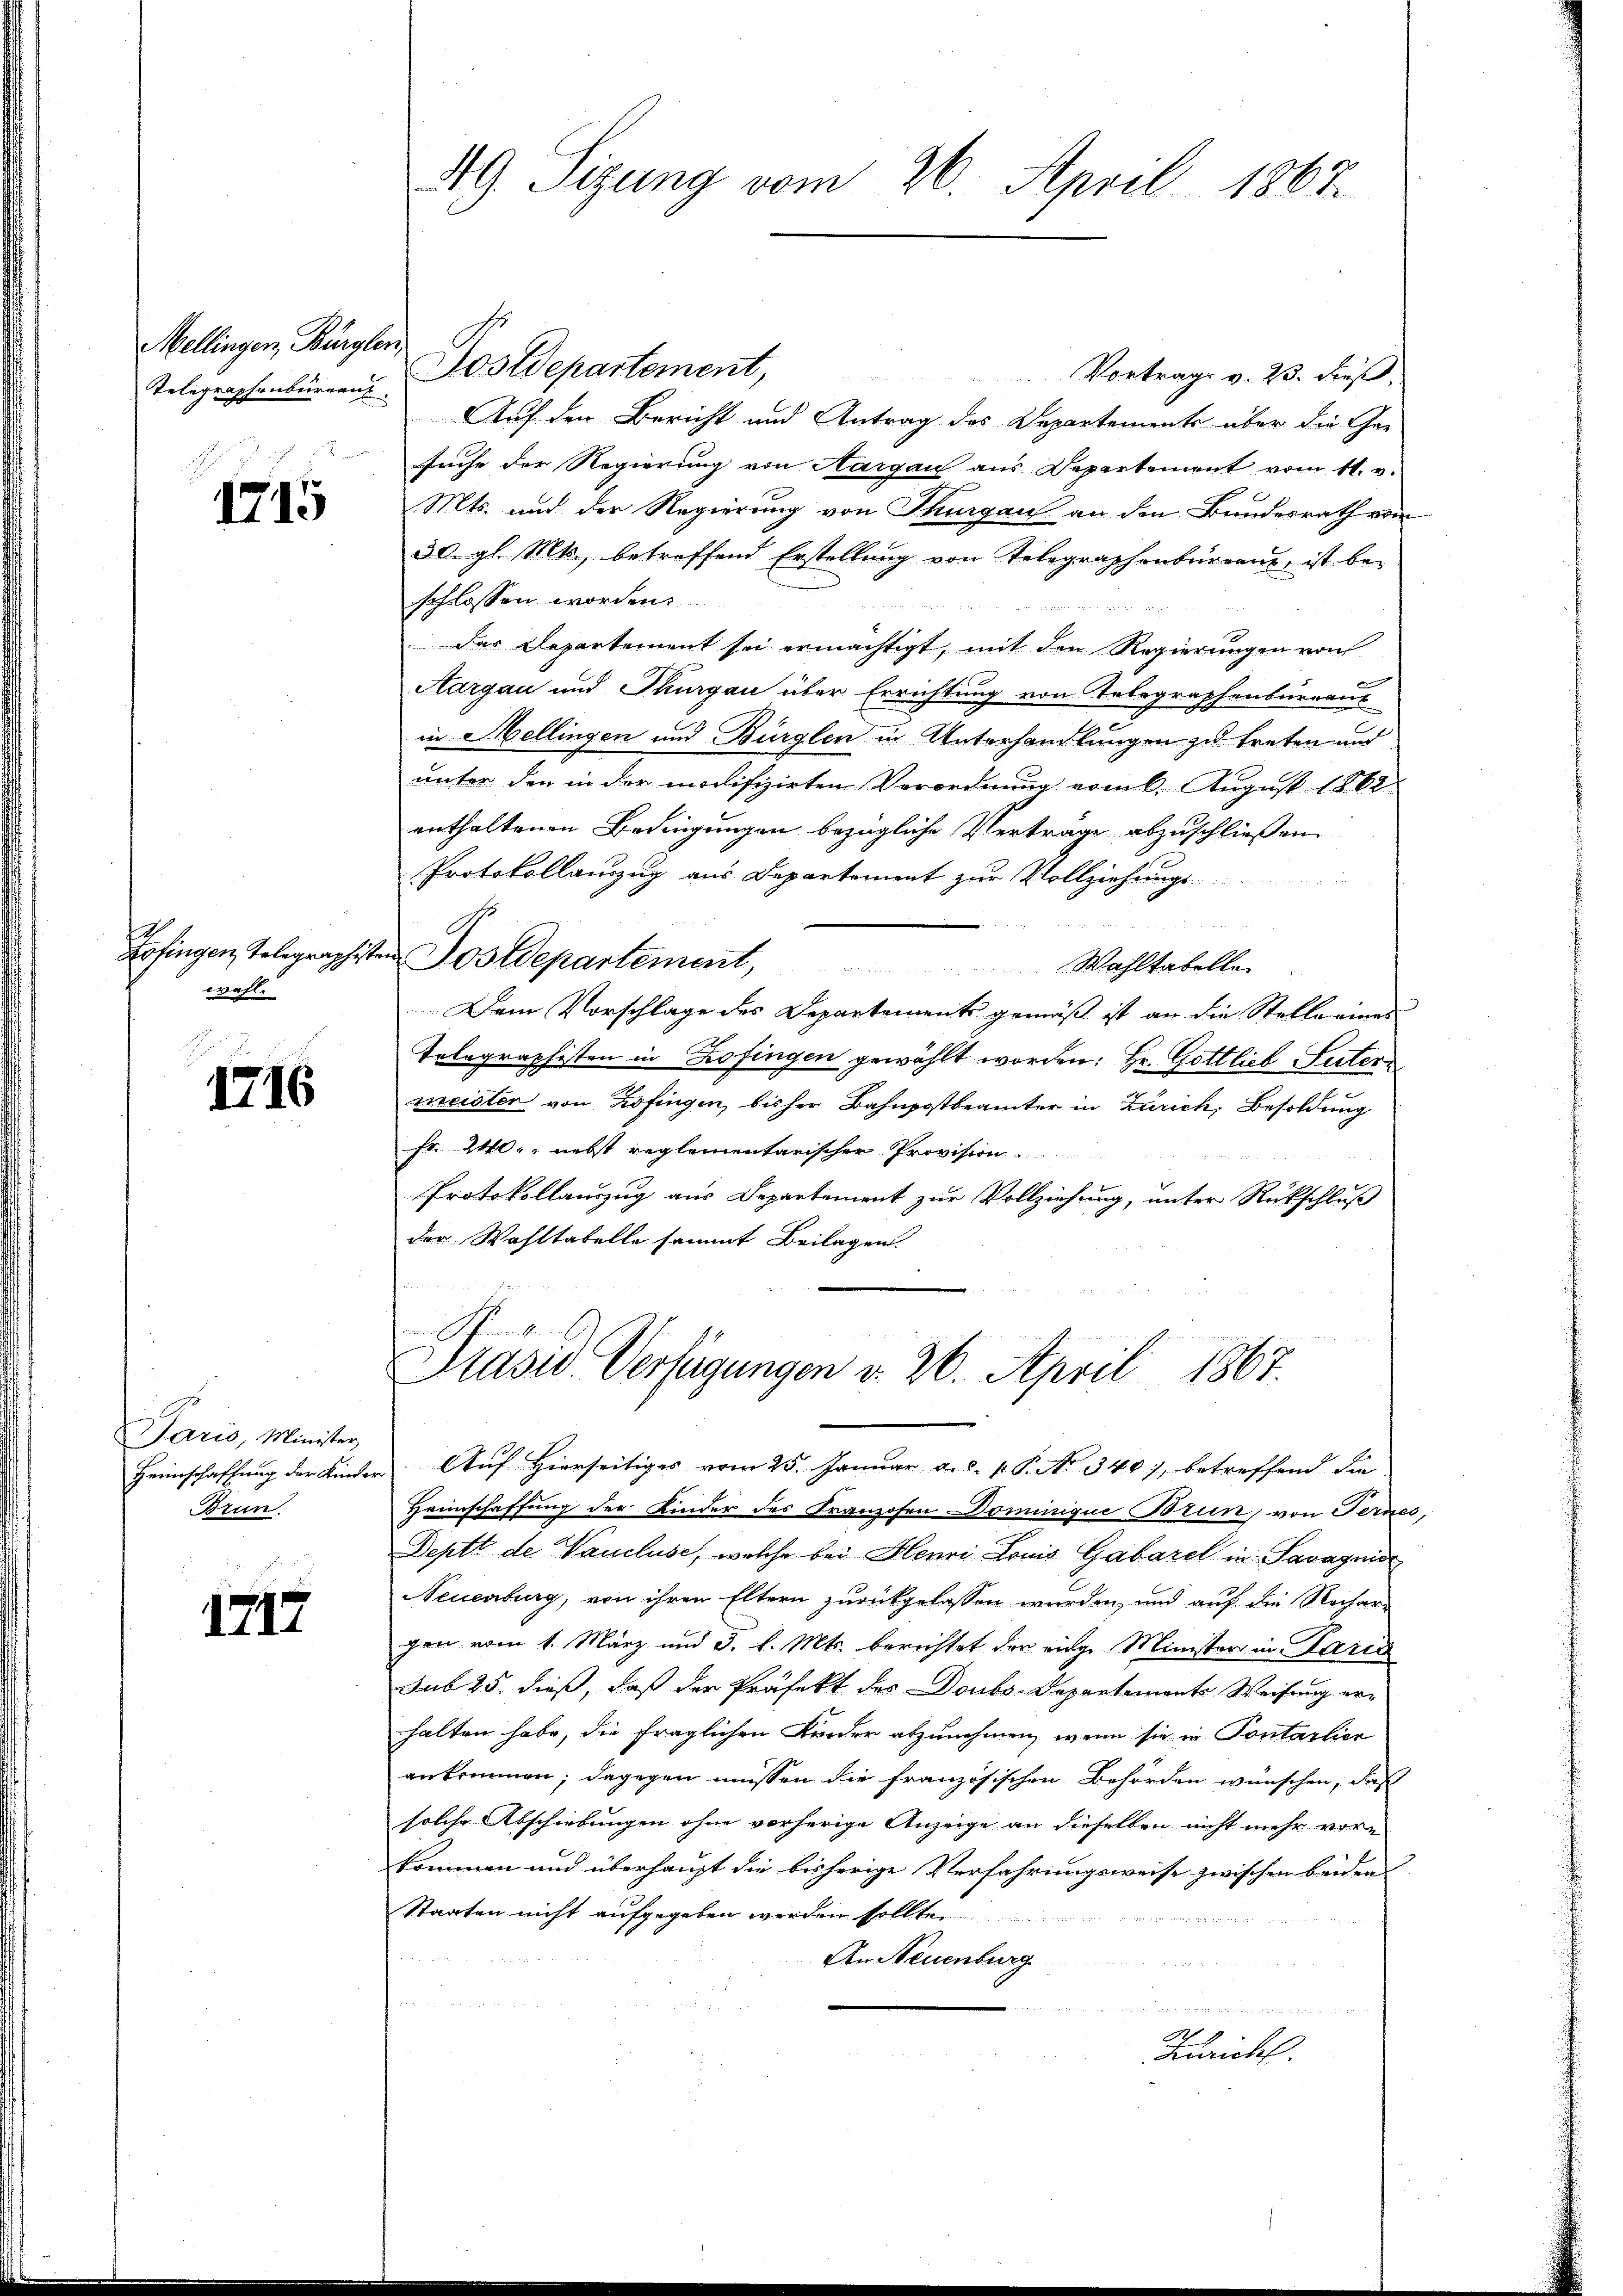
Mellingen, Bürglen,
Telegraphenbureauf

1715

wahl.

1716

Paris, Minister,
Heimschaffung der Kinde.
Brun

1717

AG Sizung vom 26. April 1867.

Dostdepartement,
Vortrag v. 23. dieß,
Auf den Bericht und Antrag des Departements über die Ge-
suche der Regierung von Aargau aus Departement vom 11. v.
Mts. und der Regierung von Thurgau an den Bundesrath vom
30. gl. Mts., betreffend Erstellung von Telegraphenbergane, ist be-
schlossen worden.
dar Departement sei ermächtigt, mit den Regierungen von
Kargau und Thurgau über Errichtung von Telegraphenbureaus
in Mellingen und Bürglen in Unterhandlungen zu treten und
unter den in der modifizirten Verordnung vom 6. August 1862
enthaltenen Bedingungen bezügliche Vertrage abzuschließen.
Protokollauszug aus Departement zur Vollziehungs-
e
Erfingen, Telegraphisten Postdepartement,
Wahltabellen
Dem Vorschlage des Departements gemäß ist an die Stellerien
Telegraphisten in Zofingen gewählt worden: Hr. Gottlieb Sutern
meister von Zofingen, bisher Bahnpostbrämter in Zürich, Besoldung
fr. 240, nebst reglementarischer Provision
Protokollauszug aus Departement zur Vollziehung, unter Rückschluß
der Wahltabelle sammt Beilagen.

Präsid. Verfügungen v. 26. April 1867.
" Auf Hierseitiges vom 25. Januar a.c. p. P. No. 340), betreffend die

Heimschaffung der Kinder des Franzosen Dominique Brun, von Fernes,
Deptt de Vaucluse, welche bei Henri Louis Gabarel in Savagnier
Neuenburg, von ihren Eltern zurückgelassen wurden, und auf die Rechare
gen vom 1. März und 3. l. Mts. berichtet der eige Minister in Paris
Sub 25. dieß, daß der Präfekt des Doubs-Departements Weisung erhalten habe, die fraglichen Kinder abzunehmen, wenn sie in Pontarlier
ankommen; dagegen müssen die französischen Behörden wünschen, das
solche Abschiebungen ohne vorherige Anzeige an dieselben nicht mehr vor-
kommen und überhaupt die bisherige Verfahrungsweise zwischen beiden
Staaten nicht aufgegeben werden sollte.
An Neuenburg
 geeigne
n
Kaichl.